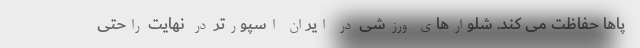
پاها حفاظت می کند. شلوارهای ورزشی در ایران اسپورتر در نهایت راحتی